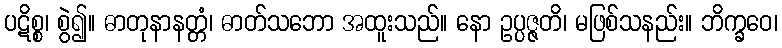
ပဋိစ္စ၊ စွဲ၍။ ဓာတုနာနတ္တံ၊ ဓာတ်သဘော အထူးသည်။ နော ဥပ္ပဇ္ဇတိ၊ မဖြစ်သနည်း။ ဘိက္ခဝေ၊